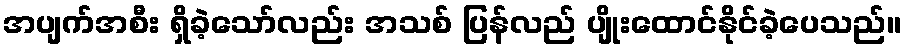
အပျက်အစီး ရှိခဲ့သော်လည်း အသစ် ပြန်လည် ပျိုးထောင်နိုင်ခဲ့ပေသည်။